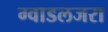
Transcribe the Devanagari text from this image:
ग्वाडलजरा